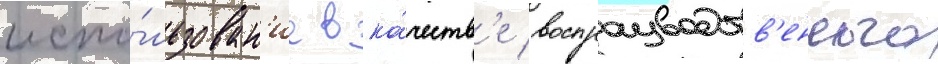
испо́льзован'ие в ка́честв'е воспроизводств'енного